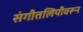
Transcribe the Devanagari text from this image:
संगीतलिपीवरून